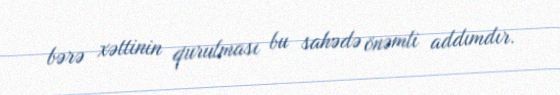
bərə xəttinin qurulması bu sahədə önəmli addımdır.